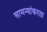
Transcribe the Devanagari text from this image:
सामन्यांकरता